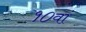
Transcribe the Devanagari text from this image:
१०वां